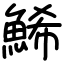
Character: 鯑